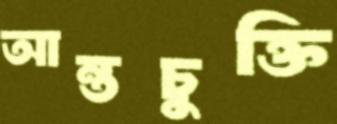
আন্তচুক্তি